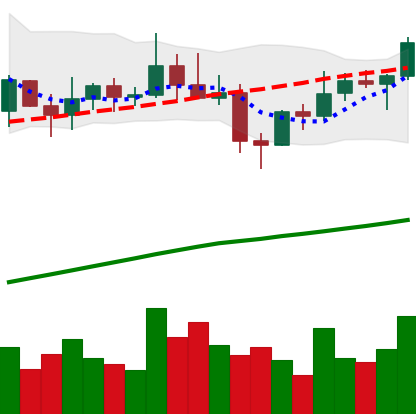
Ticker: XLM-USD
Chart end date: 2021-04-01
Forward return: 25.486%
Label: up_7plus